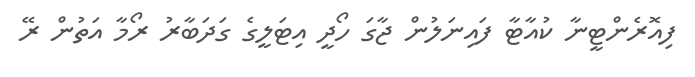
ފިއޮރެންޓީނާ ކުއާޓާ ފައިނަލުން ޖާގަ ހޯދީ އިޓަލީގެ ގަދަބާރު ރޯމާ އަތުން ރޭ